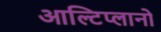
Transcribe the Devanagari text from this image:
आल्टिप्लानो